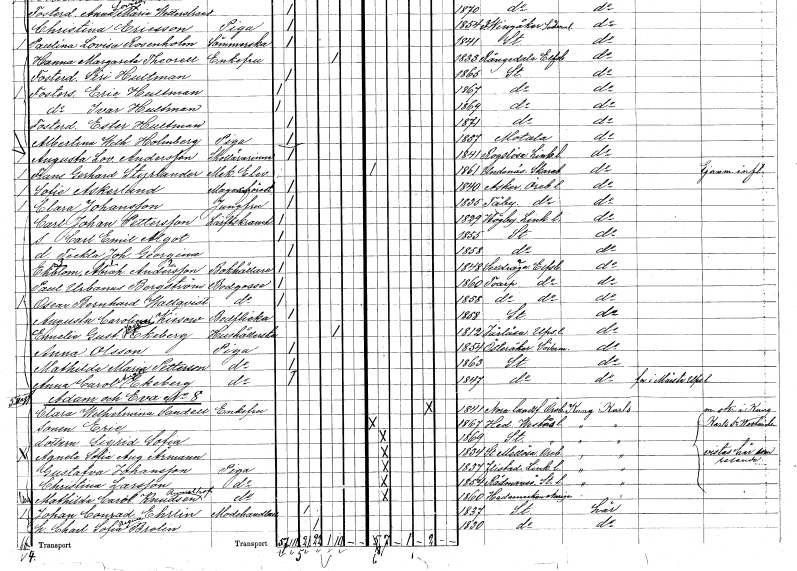
gt_parse: households: individuals: FN: Clara
EN: Johansson
YRKE: Jungfru
KON: K
CIV: O
FODAR: 1835
FODFORS: Täby Örebro län
FN: Carl Johan
EN: Pettersson
YRKE: Lärftskramhandlare
KON: M
CIV: O
FODAR: 1829
FODFORS: Högby Östergötlands län
FN: Carl Emil Algot
KON: M
CIV: O
FODAR: 1855
FODFORS: Stockholm
FN: Teckla Johanna Georgina
KON: K
CIV: O
FODAR: 1858
FODFORS: Stockholm
FN: Abraham
EN: Andersson Ekblom
YRKE: Bokhållare
KON: M
CIV: O
FODAR: 1848
FODFORS: Sexdrega Älvsborgs län
FN: Paul Urbanus
EN: Bergström
YRKE: Bodgosse
KON: M
CIV: O
FODAR: 1860
FODFORS: Toarp Älvsborgs län
FN: Oscar Bernhard
EN: Wallqvist
YRKE: Bodgosse
KON: M
CIV: O
FODAR: 1858
FODFORS: Toarp Älvsborgs län
FN: Augusta Carolina
EN: Kiesow
YRKE: Bodflicka
KON: K
CIV: O
FODAR: 1858
FODFORS: Stockholm
FN: Emelie Gustafva
EN: Ekeberg
YRKE: Hushållerska
KON: K
CIV: E
FODAR: 1812
FODFORS: Järlåsa Uppsala län
FN: Anna
EN: Olsson
YRKE: Piga
KON: K
CIV: O
FODAR: 1854
FODFORS: Österåker Södermanlands län
FN: Mathilda Maria
EN: Petterson
YRKE: Piga
KON: K
CIV: O
FODAR: 1863
FODFORS: Stockholm
FN: Anna Carolina
EN: Ekeberg
YRKE: Piga
KON: K
CIV: O
FODAR: 1847
FODFORS: Stockholm
FN: Clara Wilhelmina
EN: Sandell
KON: K
CIV: E
FODAR: 1841
FODFORS: Nora bergsförsamling Örebro län
FN: Eric
KON: M
CIV: O
FODAR: 1867
FODFORS: Hed Västmanlands län
FN: Sigrid Sofia
KON: K
CIV: O
FODAR: 1869
FODFORS: Stockholm
FN: Agneta Sofia Augusta
EN: Årmann
KON: K
CIV: O
FODAR: 1834
FODFORS: Stora Mellösa Örebro län
FN: Gustafva
EN: Johansson
YRKE: Piga
KON: K
CIV: O
FODAR: 1837
FODFORS: Flistad Östergötlands län
FN: Christina
EN: Larsson
YRKE: Piga
KON: K
CIV: O
FODAR: 1854
FODFORS: Rådmansö Stockholms län
FN: Mathilda Carolina
EN: Knutsen Rumelhof
YRKE: Piga
KON: K
CIV: O
FODAR: 1860
FN: Johan Conrad
EN: Ehrlin
YRKE: Modehandlare
KON: M
CIV: G
FODAR: 1837
FODFORS: Stockholm
FN: Charlotta Sofia Regina
EN: Brolin
KON: K
CIV: G
FODAR: 1830
FODFORS: Stockholm